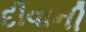
દીવાની